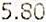
5.80